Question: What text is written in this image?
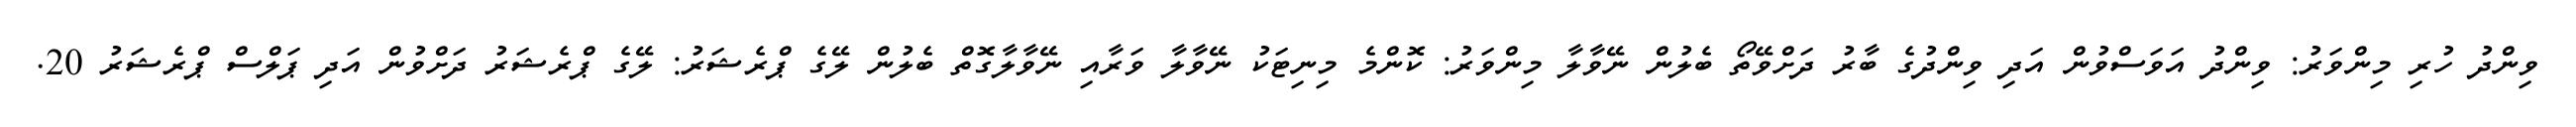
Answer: ވިންދު ހުރި މިންވަރު: ވިންދު އަވަސްވުން އަދި ވިންދުގެ ބާރު ދަށްވޭތޯ ބެލުން ނޭވާލާ މިންވަރު: ކޮންމެ މިނިޓަކު ނޭވާލާ ވަރާއި ނޭވާލާގޮތް ބެލުން ލޭގެ ޕްރެޝަރު: ލޭގެ ޕްރެޝަރު ދަށްވުން އަދި ޕަލްސް ޕްރެޝަރު 20.